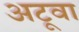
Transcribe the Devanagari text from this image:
अटूवा